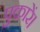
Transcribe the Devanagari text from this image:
पुकारें।